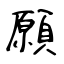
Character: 願